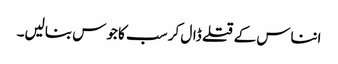
انناس کے قتلے ڈال کر سب کا جوس بنالیں۔